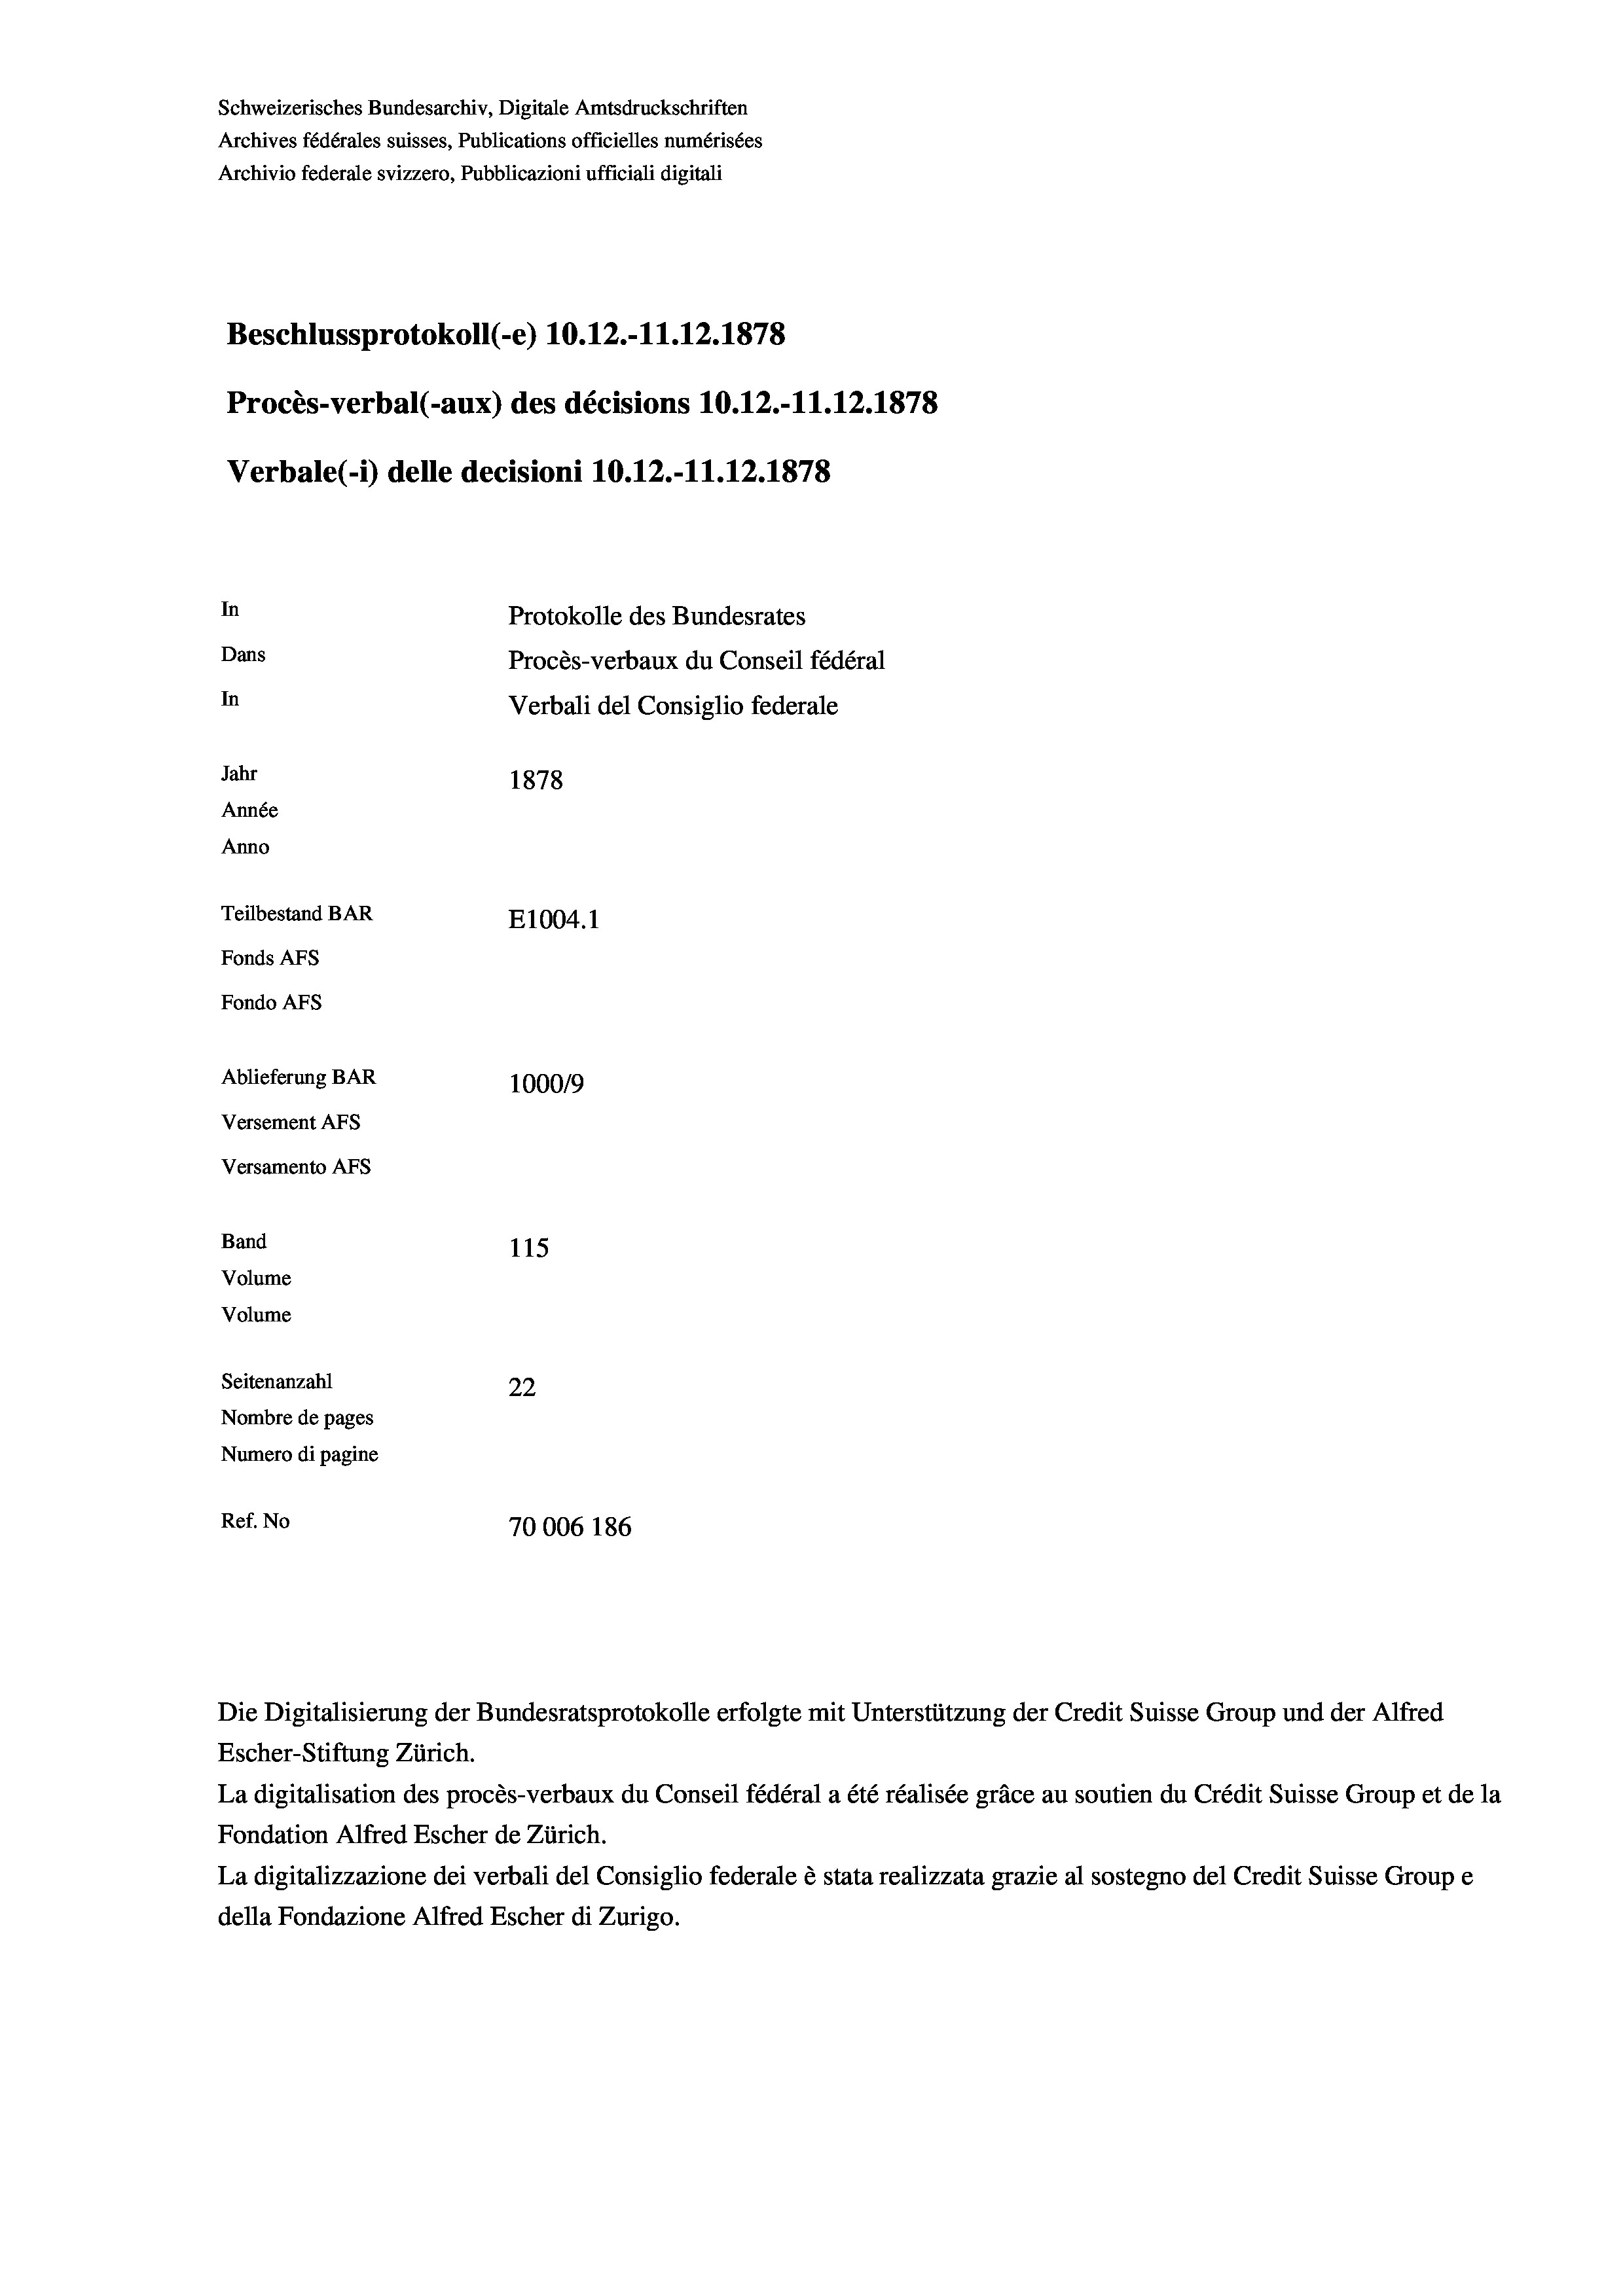
Schweizerisches Bundesarchiv, Digitale Amtsdruckschriften
Archives fédérales suisses, Publications officielles numérisées
Archivio federale svizzero, Pubblicazioni ufficiali digitali
Beschlussprotokoll (-e) 10.12.-11.12.1878
Procès-verbal (-aux) des décisions 10.12.-11.12.1878
Verbale(-*) delle decisioni 10.12.-11.12.1878
In
Protokolle des Bundesrates
Dans
Procès-verbaux du Conseil fédéral
In
Verbali del Consiglio federale
Jahr
1878
Année
Anno
Teilbestand BAR
E1004. 1
Fonds AFs
Fondo AFs
Ablieferung BAR
100019
Versement AFs
Versamento Afs
Band
115
Volume
Volume

Seitenanzahl
22
Nombre de pages
Numero di pagine
Ref. No
70006 186

Escher-Stiftung Zürich.
La digitalisation des procès-verbaux du Conseil fédéral a été réalisée gräce au soutien du Crédit Suisse Group et de la
Fondation Alfred Escher de Zürich.
La digitalizzazione dei verbali del Consiglio federale è stata realizzata grazie al sostegno del Credit Suisse Groupe
della Fondazione Alfred Escher di Zurigo.

Die Digitalisierung der Bundesratsprotokolle erfolgte mit Unterstützung der Credit Suisse Group und der Alfred